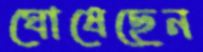
ঘোষেছেন